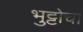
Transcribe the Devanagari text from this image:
भुट्टोचा